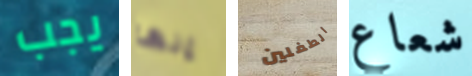
يجب إنها الطفلين شعاع